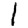
Digit: 1